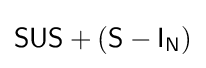
{\mathsf {SUS}}+({\mathsf {S}}-{\mathsf {I}}_{\mathsf {N}})